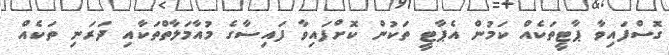
ގޮސްފައިވާ ޕާޓީތަކެއް ކަމުން އެޕާޓީ ތަކުން ކޮށްފައިވާ ފައިސާގެ މުއާމަލާތްތަކާއި ދަރަނި ތަކެއް